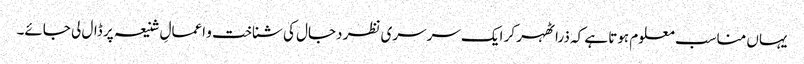
یہاں مناسب معلوم ہوتا ہے کہ ذرا ٹھہر کر ایک سرسری نظر دجال کی شناخت و اعمالِ شنیعہ پر ڈال لی جائے۔